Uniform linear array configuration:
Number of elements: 8
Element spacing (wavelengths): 0.5
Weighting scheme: exponential
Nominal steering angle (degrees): -60
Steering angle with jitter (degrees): -58.862
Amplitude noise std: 0.05
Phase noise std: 0.05

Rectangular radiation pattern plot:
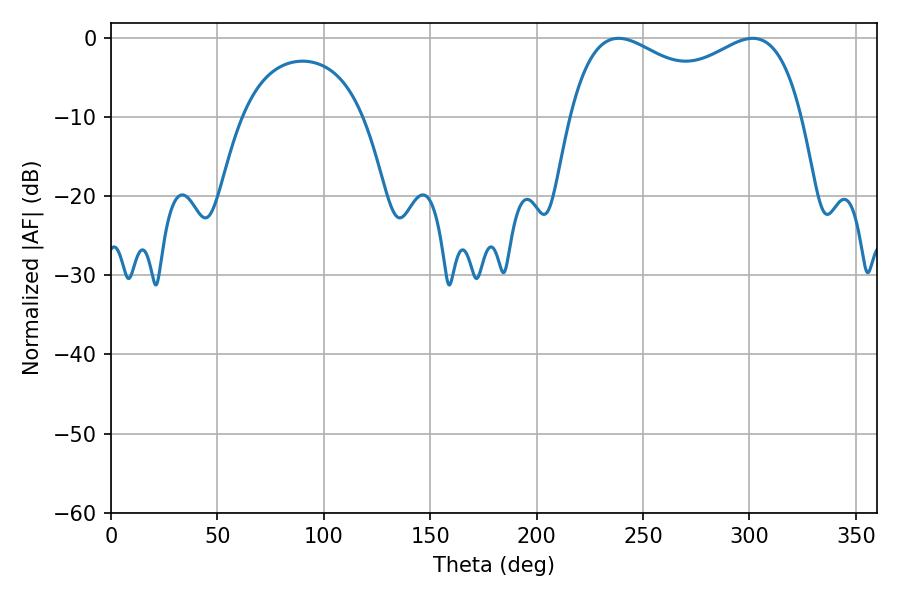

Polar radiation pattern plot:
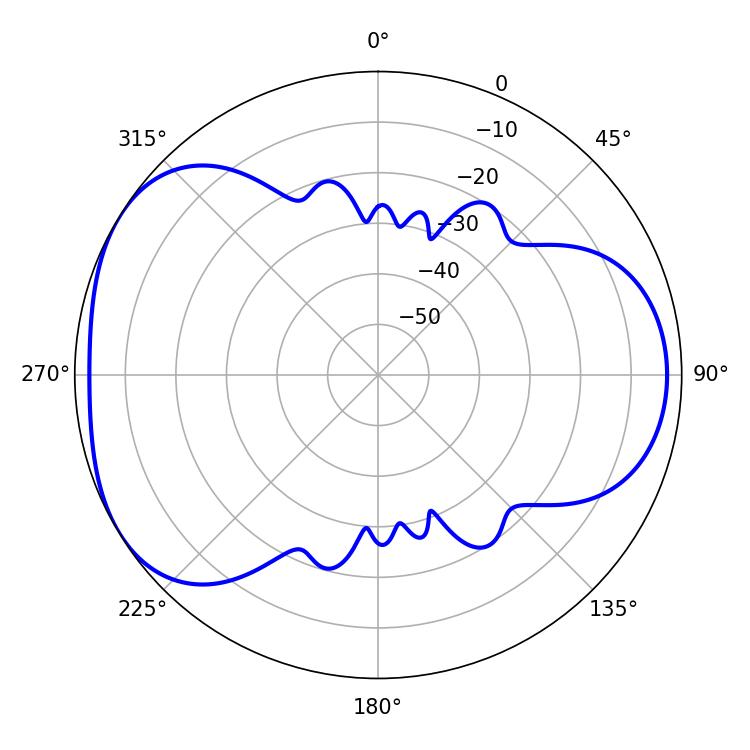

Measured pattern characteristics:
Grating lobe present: FALSE
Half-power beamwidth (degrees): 90.72
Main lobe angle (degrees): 238.5